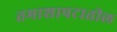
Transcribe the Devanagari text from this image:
तमाशापटातील